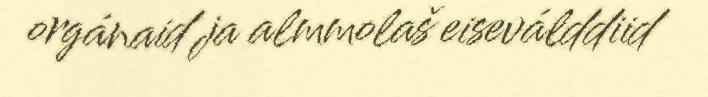
orgánaid ja almmolaš eiseválddiid